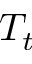
T _ { t }